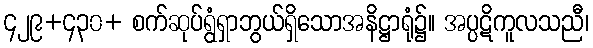
၄၂၉+၄၃၀+ စက်ဆုပ်ရွံရှာဘွယ်ရှိသောအနိဋ္ဌာရုံ၌။ အပ္ပဋိကူလသညီ၊